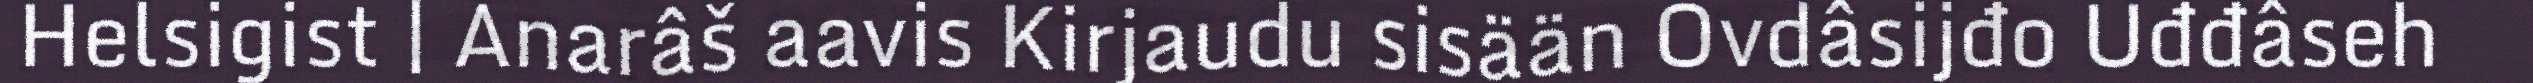
Helsigist | Anarâš aavis Kirjaudu sisään Ovdâsijđo Uđđâseh